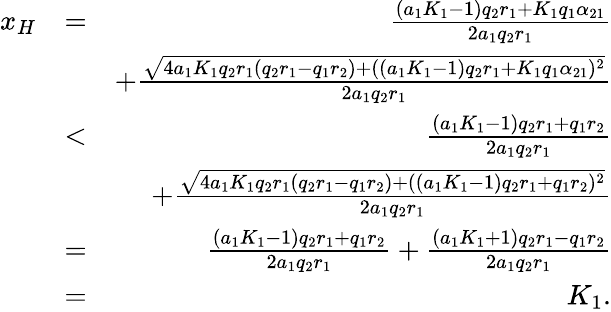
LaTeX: \begin{array}{rlr}{x_{H}}&{=}&{\frac{(a_{1}K_{1}-1)q_{2}r_{1}+K_{1}q_{1}\alpha_{21}}{2a_{1}q_{2}r_{1}}}\\ &{}&{+\frac{\sqrt{4a_{1}K_{1}q_{2}r_{1}(q_{2}r_{1}-q_{1}r_{2})+((a_{1}K_{1}-1)q_{2}r_{1}+K_{1}q_{1}\alpha_{21})^{2}}}{2a_{1}q_{2}r_{1}}}\\ &{<}&{\frac{(a_{1}K_{1}-1)q_{2}r_{1}+q_{1}r_{2}}{2a_{1}q_{2}r_{1}}}\\ &{}&{+\frac{\sqrt{4a_{1}K_{1}q_{2}r_{1}(q_{2}r_{1}-q_{1}r_{2})+((a_{1}K_{1}-1)q_{2}r_{1}+q_{1}r_{2})^{2}}}{2a_{1}q_{2}r_{1}}}\\ &{=}&{\frac{(a_{1}K_{1}-1)q_{2}r_{1}+q_{1}r_{2}}{2a_{1}q_{2}r_{1}}+\frac{(a_{1}K_{1}+1)q_{2}r_{1}-q_{1}r_{2}}{2a_{1}q_{2}r_{1}}}\\ &{=}&{K_{1}.}\end{array}